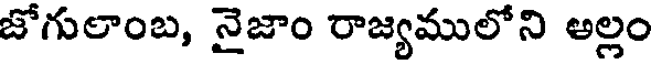
జోగులాంబ, నైజాం రాజ్యములోని అల్లం